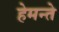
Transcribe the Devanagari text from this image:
हेमन्ते